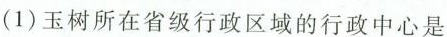
(1)玉树所在省级行政区域的行政中心是